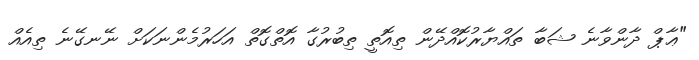
"ޢާޕް ދާންވާނެ ޝަބާ ތައްޔާރުކޮއްދޭން ތިއޮތީ ތިބުރުގާ އޮތްގޮތް އަހަރުމެންނަކަށް ނޭނގޭނެ ތިއެއް